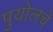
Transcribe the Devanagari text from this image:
पुयोलचे